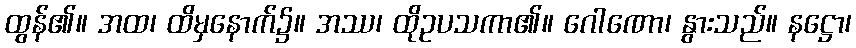
ထွန်၏။ အထ၊ ထိမှနောက်၌။ အဿ၊ ထိုဥပသကာ၏။ ဂေါဏော၊ နွားသည်။ နဋ္ဌော၊